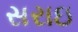
સરાઇ